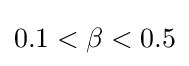
0.1<\beta <0.5